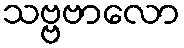
သဗ္ဗဗာလော